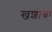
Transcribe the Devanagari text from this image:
खशाबा